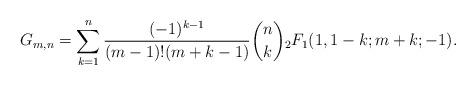
LaTeX: \begin{align*}G_{m,n}&=\sum\limits_{k=1}^n\frac{(-1)^{k-1}}{(m-1)!(m+k-1)}\binom{n}{k}{_2}F_1(1,1-k;m+k;-1).\end{align*}